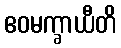
ဧဝမက္ခာယီတိ